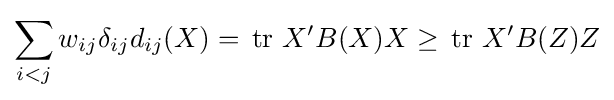
\sum _{i<j}w_{ij}\delta _{ij}d_{ij}(X)=\,\operatorname {tr} \,X'B(X)X\geq \,\operatorname {tr} \,X'B(Z)Z